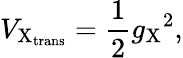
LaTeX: V_{\mathrm{X}_{\mathrm{trans}}}=\frac{1}{2}{g_{\mathrm{X}}}^{2},